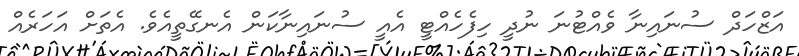
އަޒްހަދް ސުނައިނާ ވެއްޓުނަ ނުދީ ހިފެހެއްޓީ އެއީ ސުނައިނާކަން އެނގޭތީއެވެ. އެތަށް އަހަރެއް